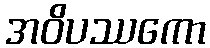
အဝိပဿကော